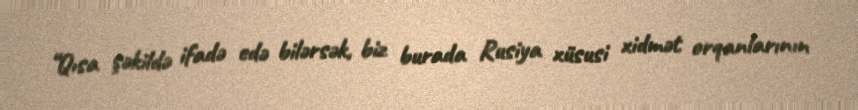
“Qısa şəkildə ifadə edə bilərsək, biz burada Rusiya xüsusi xidmət orqanlarının